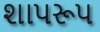
શાપરૂપ